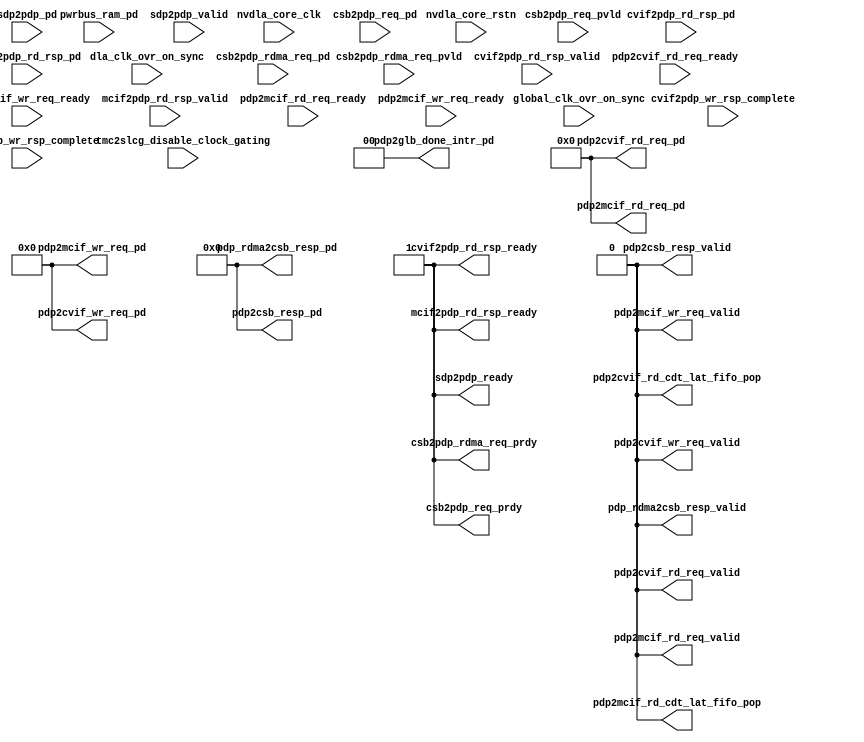
// ================================================================
// NVDLA Open Source Project
//
// Copyright(c) 2016 - 2017 NVIDIA Corporation. Licensed under the
// NVDLA Open Hardware License; Check "LICENSE" which comes with
// this distribution for more information.
// ================================================================
// ================================================================
// NVDLA Open Source Project
//
// Copyright(c) 2016 - 2017 NVIDIA Corporation.  Licensed under the
// NVDLA Open Hardware License; Check "LICENSE" which comes with
// this distribution for more information.
// ================================================================
/////////////////////////////////////////////////////////////
/////////////////////////////////////////////////////////////
//
`define SYNTHESIS
//
//#ifdef NVDLA_FEATURE_DATA_TYPE_INT8
//#if ( NVDLA_PDP_THROUGHPUT  ==  8 )
//    #define LARGE_FIFO_RAM
//#endif
//#if ( NVDLA_PDP_THROUGHPUT == 1 )
//    #define SMALL_FIFO_RAM
//#endif
//#endif
module NV_NVDLA_pdp (
   dla_clk_ovr_on_sync //|< i
  ,global_clk_ovr_on_sync //|< i
  ,tmc2slcg_disable_clock_gating //|< i
  ,nvdla_core_clk //|< i
  ,nvdla_core_rstn //|< i
  ,csb2pdp_rdma_req_pvld //|< i
  ,csb2pdp_rdma_req_prdy //|> o
  ,csb2pdp_rdma_req_pd //|< i
  ,csb2pdp_req_pvld //|< i
  ,csb2pdp_req_prdy //|> o
  ,csb2pdp_req_pd //|< i
  ,cvif2pdp_rd_rsp_valid //|< i
  ,cvif2pdp_rd_rsp_ready //|> o
  ,cvif2pdp_rd_rsp_pd //|< i
  ,cvif2pdp_wr_rsp_complete //|< i
  ,pdp2cvif_rd_cdt_lat_fifo_pop //|> o
  ,pdp2cvif_rd_req_valid //|> o
  ,pdp2cvif_rd_req_ready //|< i
  ,pdp2cvif_rd_req_pd //|> o
  ,pdp2cvif_wr_req_valid //|> o
  ,pdp2cvif_wr_req_ready //|< i
  ,pdp2cvif_wr_req_pd //|> o
  ,mcif2pdp_rd_rsp_valid //|< i
  ,mcif2pdp_rd_rsp_ready //|> o
  ,mcif2pdp_rd_rsp_pd //|< i
  ,mcif2pdp_wr_rsp_complete //|< i
  ,pdp2csb_resp_valid //|> o
  ,pdp2csb_resp_pd //|> o
  ,pdp2glb_done_intr_pd //|> o
  ,pdp2mcif_rd_cdt_lat_fifo_pop //|> o
  ,pdp2mcif_rd_req_valid //|> o
  ,pdp2mcif_rd_req_ready //|< i
  ,pdp2mcif_rd_req_pd //|> o
  ,pdp2mcif_wr_req_valid //|> o
  ,pdp2mcif_wr_req_ready //|< i
  ,pdp2mcif_wr_req_pd //|> o
  ,pdp_rdma2csb_resp_valid //|> o
  ,pdp_rdma2csb_resp_pd //|> o
  ,pwrbus_ram_pd //|< i
  ,sdp2pdp_valid //|< i
  ,sdp2pdp_ready //|> o
  ,sdp2pdp_pd //|< i
  );
///////////////////////////////////////////////////////////////////////
input dla_clk_ovr_on_sync;
input global_clk_ovr_on_sync;
input tmc2slcg_disable_clock_gating;
 input nvdla_core_clk;
 input nvdla_core_rstn;
 input csb2pdp_rdma_req_pvld;
 output csb2pdp_rdma_req_prdy;
 input [62:0] csb2pdp_rdma_req_pd;
 input csb2pdp_req_pvld;
 output csb2pdp_req_prdy;
 input [62:0] csb2pdp_req_pd;
 input cvif2pdp_rd_rsp_valid;
 output cvif2pdp_rd_rsp_ready;
 input [( 256 + (256/8/32) )-1:0] cvif2pdp_rd_rsp_pd;
 input cvif2pdp_wr_rsp_complete;
 output pdp2cvif_rd_cdt_lat_fifo_pop;
 output pdp2cvif_rd_req_valid;
 input pdp2cvif_rd_req_ready;
 output [64 +14:0] pdp2cvif_rd_req_pd;
 output pdp2cvif_wr_req_valid;
 input pdp2cvif_wr_req_ready;
 output [( 256 + (256/8/32) + 1 )-1:0] pdp2cvif_wr_req_pd;
 input mcif2pdp_rd_rsp_valid;
 output mcif2pdp_rd_rsp_ready;
 input [( 256 + (256/8/32) )-1:0] mcif2pdp_rd_rsp_pd;
 input mcif2pdp_wr_rsp_complete;
 output pdp2csb_resp_valid;
 output [33:0] pdp2csb_resp_pd;
 output [1:0] pdp2glb_done_intr_pd;
 output pdp2mcif_rd_cdt_lat_fifo_pop;
 output pdp2mcif_rd_req_valid;
 input pdp2mcif_rd_req_ready;
 output [64 +14:0] pdp2mcif_rd_req_pd;
 output pdp2mcif_wr_req_valid;
 input pdp2mcif_wr_req_ready;
 output [( 256 + (256/8/32) + 1 )-1:0] pdp2mcif_wr_req_pd;
 output pdp_rdma2csb_resp_valid;
 output [33:0] pdp_rdma2csb_resp_pd;
 input [31:0] pwrbus_ram_pd;
 input sdp2pdp_valid;
 output sdp2pdp_ready;
 input [8*16 -1:0] sdp2pdp_pd;
//
///////////////////////////////////////////////////////////////////////
assign csb2pdp_req_prdy             =   1'b1;
assign pdp2csb_resp_valid           =   1'b0;
assign pdp2csb_resp_pd              =  34'd0;

assign csb2pdp_rdma_req_prdy        =   1'b1;
assign pdp_rdma2csb_resp_valid      =   1'b0;
assign pdp_rdma2csb_resp_pd         =  34'd0;

assign sdp2pdp_ready                =   1'b1;

assign cvif2pdp_rd_rsp_ready        =   1'b1;
assign pdp2cvif_rd_cdt_lat_fifo_pop =   1'b0;
assign pdp2cvif_rd_req_valid        =   1'b0;
assign pdp2cvif_rd_req_pd           =  79'd0;
assign pdp2cvif_wr_req_valid        =   1'b0;
assign pdp2cvif_wr_req_pd           = 258'd0;

assign mcif2pdp_rd_rsp_ready        =   1'b1;
assign pdp2mcif_rd_cdt_lat_fifo_pop =   1'b0;
assign pdp2mcif_rd_req_valid        =   1'b0;
assign pdp2mcif_rd_req_pd           =  79'd0;
assign pdp2mcif_wr_req_valid        =   1'b0;
assign pdp2mcif_wr_req_pd           = 258'd0;

assign pdp2glb_done_intr_pd         =   2'd0;
///////////////////////////////////////////////////////////////////////
//
endmodule // NV_NVDLA_pdp